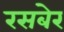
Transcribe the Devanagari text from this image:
रसबेर